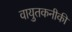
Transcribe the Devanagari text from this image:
वायुतकनीकी